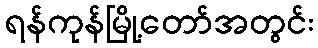
ရန်ကုန်မြို့တော်အတွင်း